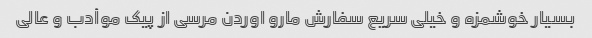
بسیار خوشمزه و خیلی سریع سفارش مارو اوردن مرسی از پیک موأدب و عالی